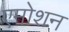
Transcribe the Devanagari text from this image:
एमोशन